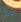
بأن